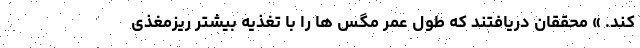
کند. » محققان دریافتند که طول عمر مگس ها را با تغذیه بیشتر ریزمغذی